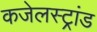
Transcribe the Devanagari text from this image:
कजेलस्ट्रांड